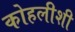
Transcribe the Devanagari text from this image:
कोहलीशी